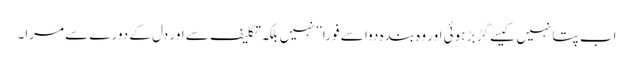
اب پتا نہیں کیسے گڑ بڑ ہوئی اور وہ بندہ دوا سے فورا”نہیں بلکہ تکلیف سے اور دل کے دورے سے مرا۔